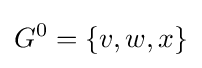
G^{0}=\{v,w,x\}